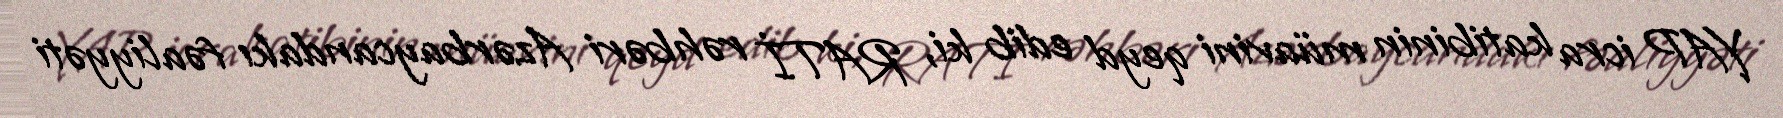
YAP icra katibinin müavini qeyd edib ki, RATİ rəhbəri Azərbaycandakı fəaliyyəti